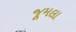
જૂમલા